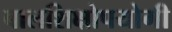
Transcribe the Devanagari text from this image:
बालशिक्षोपयोगी